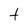
Character: t